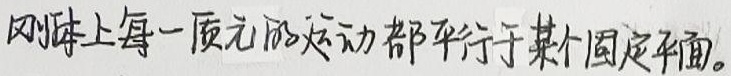
刚体上每一质元的运动都平行于某个固定平面。